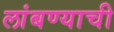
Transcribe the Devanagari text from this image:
लांबण्याची